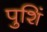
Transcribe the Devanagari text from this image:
पुशिं